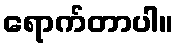
ရောက်တာပါ။